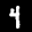
Label: 4